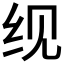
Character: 𬘖